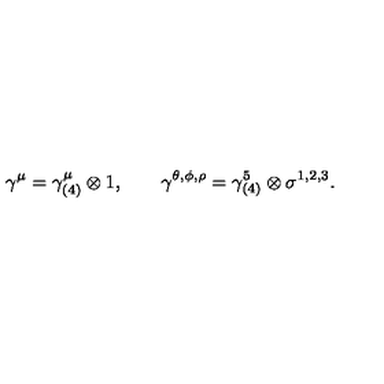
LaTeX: \gamma ^ { \mu } = \gamma _ { ( 4 ) } ^ { \mu } \otimes 1 , \qquad \gamma ^ { \theta , \phi , \rho } = \gamma _ { ( 4 ) } ^ { 5 } \otimes \sigma ^ { 1 , 2 , 3 } .